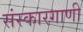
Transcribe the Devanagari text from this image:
संस्कारगाणी